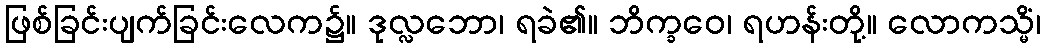
ဖြစ်ခြင်းပျက်ခြင်းလေက၌။ ဒုလ္လဘော၊ ရခဲ၏။ ဘိက္ခဝေ၊ ရဟန်းတို့။ လောကသ္မိံ၊